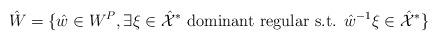
LaTeX: \begin{align*}\hat{W}=\{\hat{w}\in W^P, \exists \xi\in\hat{\cal X}^* \textrm{ dominant regular s.t. }\hat{w}^{-1}\xi\in \hat{\cal X}^*\}\end{align*}